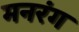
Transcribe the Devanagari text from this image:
मनरंग